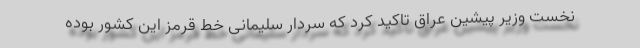
نخست وزیر پیشین عراق تاکید کرد که سردار سلیمانی خط قرمز این کشور بوده